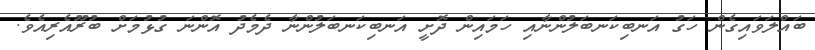
ބައްލަވައިގެން ހަގު އަނބިކަނބަލުންނާއި ހަމައިން ދޮށީ އަނބިކަނބަލުންނާ ދެމެދު އޮންނަ ގުޅުމަށް ބުރޫއެރިއެވެ.